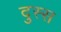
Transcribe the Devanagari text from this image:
दुस्स